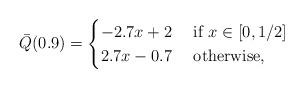
LaTeX: \begin{align*}\bar Q(0.9) = \begin{cases}-2.7x + 2 & \mbox{ if } x\in [0,1/2]\\2.7x-0.7 & \mbox{ otherwise},\end{cases}\end{align*}